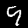
Digit: 9